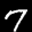
Label: 7